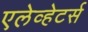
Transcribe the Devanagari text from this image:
एलेव्हेटर्स